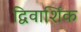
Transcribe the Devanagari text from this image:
द्विवार्शिक